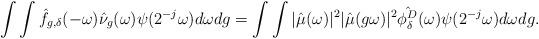
LaTeX: \begin{align*}\int\int \hat{f}_{g,\delta}(-\omega)\hat{\nu}_{g}(\omega)\psi(2^{-j}\omega)d\omega dg=\int\int |\hat{\mu}(\omega)|^2|\hat{\mu}(g\omega)|^2 \hat{\phi^D_\delta}(\omega)\psi(2^{-j}\omega)d\omega dg.\end{align*}